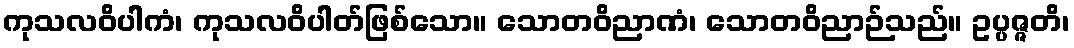
ကုသလဝိပါကံ၊ ကုသလဝိပါတ်ဖြစ်သော။ သောတဝိညာဏံ၊ သောတဝိညာဉ်သည်။ ဥပ္ပဇ္ဇတိ၊